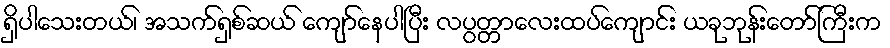
ရှိပါသေးတယ်၊ အသက်ရှစ်ဆယ် ကျော်နေပါပြီး လပွတ္တာလေးထပ်ကျောင်း ယခုဘုန်းတော်ကြီးက